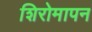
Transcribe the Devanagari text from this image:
शिरोमापन